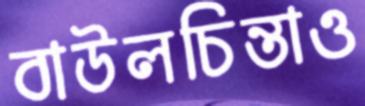
বাউলচিন্তাও